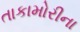
તાકામોરીના